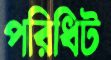
পরিধিট